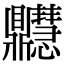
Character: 𪔊